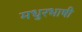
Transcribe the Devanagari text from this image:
मधुरभाषी